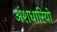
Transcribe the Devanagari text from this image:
अंशधारियो